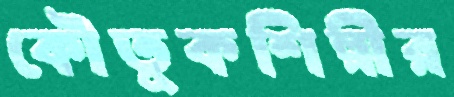
কৌতুকশিল্পীর